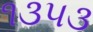
૧૩૫૩